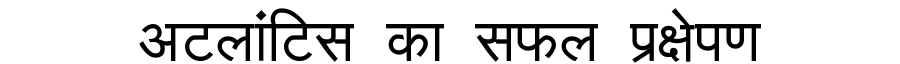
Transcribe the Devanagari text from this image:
अटलांटिस का सफल प्रक्षेपण